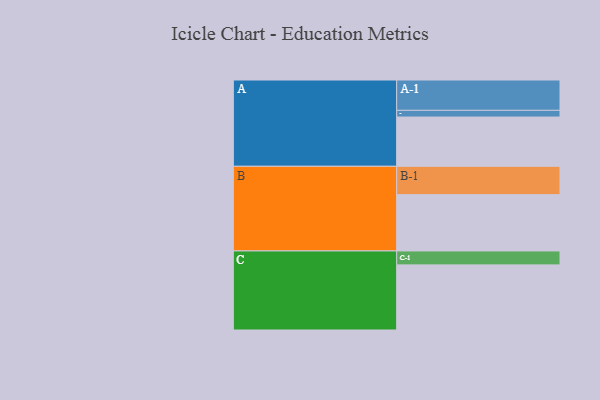
{"axis": {"x": "Segment", "y": "Value"}, "legend": ["", "A", "B", "C"], "data": [{"x": "A", "y": 442, "type": ""}, {"x": "B", "y": 505, "type": ""}, {"x": "C", "y": 584, "type": ""}, {"x": "A-1", "y": 272, "type": "A"}, {"x": "A-2", "y": 60, "type": "A"}, {"x": "B-1", "y": 254, "type": "B"}, {"x": "C-1", "y": 125, "type": "C"}]}